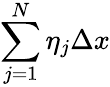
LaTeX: \sum_{j=1}^{N}\eta_{j}\Delta x